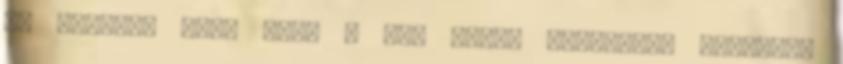
is eltért. Mára mind a két típus kimaradt. Ideírom,